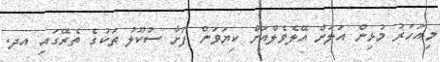
މިއަހަރު މުޅިން އަލަށް އޭލެވެލްއަށް ކިޔަވަން ފަށާ ސުކޫލު ތަކުގެ ތެރޭގައި އދ.